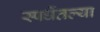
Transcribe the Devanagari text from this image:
स्पर्धेतल्या